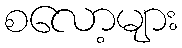
စလော့များ